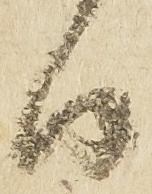
日